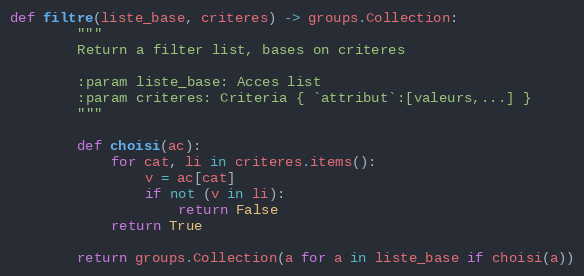
Language: Python
def filtre(liste_base, criteres) -> groups.Collection:
        """
        Return a filter list, bases on criteres

        :param liste_base: Acces list
        :param criteres: Criteria { `attribut`:[valeurs,...] }
        """

        def choisi(ac):
            for cat, li in criteres.items():
                v = ac[cat]
                if not (v in li):
                    return False
            return True

        return groups.Collection(a for a in liste_base if choisi(a))